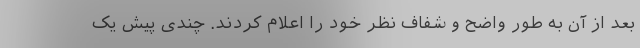
بعد از آن به طور واضح و شفاف نظر خود را اعلام کردند. چندی پیش یک